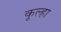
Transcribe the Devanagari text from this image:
कूल्‍हा